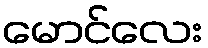
မောင်လေး